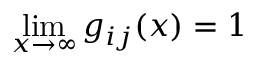
\operatorname* { l i m } _ { x \to \infty } g _ { i j } ( x ) = 1